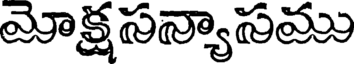
మోక్షసన్యాసము